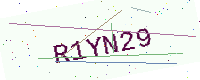
Text: R1YN29